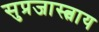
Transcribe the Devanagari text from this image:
सुप्रजास्त्वाय